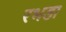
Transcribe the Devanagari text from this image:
रभडा